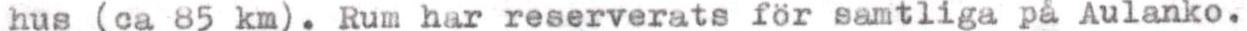
hus (ca 85 km). Rum har reserverats för samtliga på Aulanko.